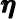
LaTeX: \pmb{\eta}